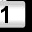
Digit: 1